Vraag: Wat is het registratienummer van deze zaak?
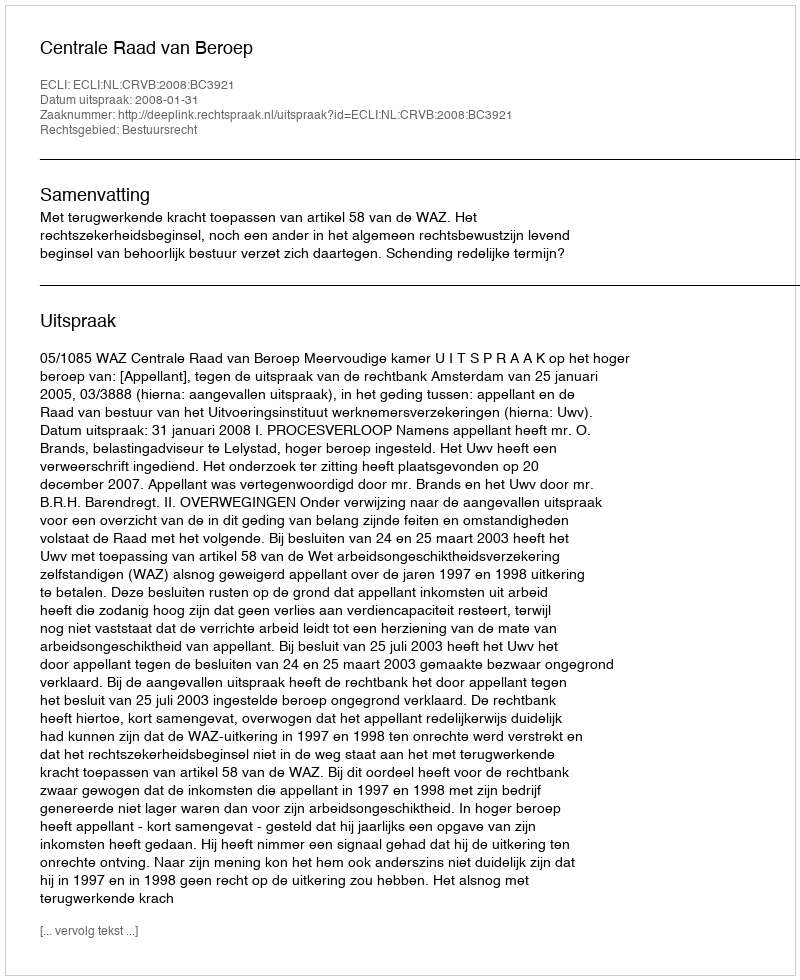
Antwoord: http://deeplink.rechtspraak.nl/uitspraak?id=ECLI:NL:CRVB:2008:BC3921